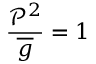
\frac { \mathcal { P } ^ { 2 } } { \overline { { { g } } } } = 1